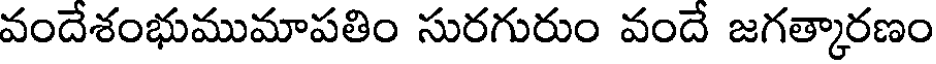
వందేశంభుముమాపతిం సురగురుం వందే జగత్కారణం